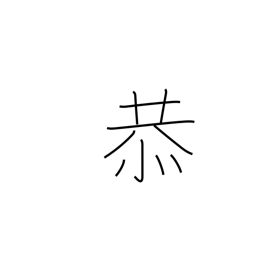
Meaning: reverent